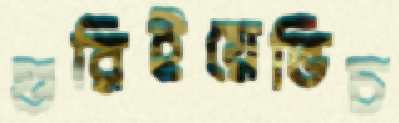
গুরিইয়েভিচ